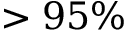
> 9 5 \%